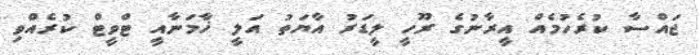
ޖައްސާ ކުރެހުމެއް އީރާނުގެ ރޫހީ ލީޑަރު އާޔަތު އަލީ ޚާމަނާއީ ޓްވީޓް ކުރެއްވި